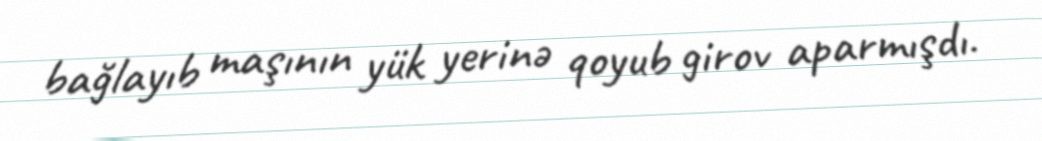
bağlayıb maşının yük yerinə qoyub girov aparmışdı.